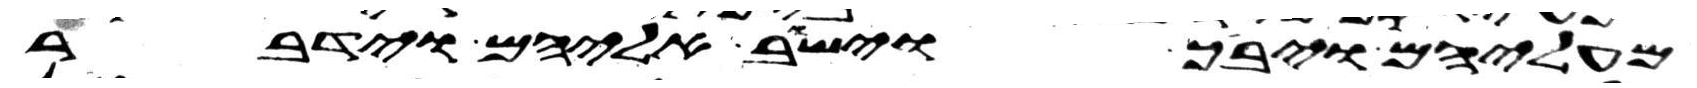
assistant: מעליהם ויבך וישב אליהם וידבר